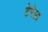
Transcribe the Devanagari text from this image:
टेरेला